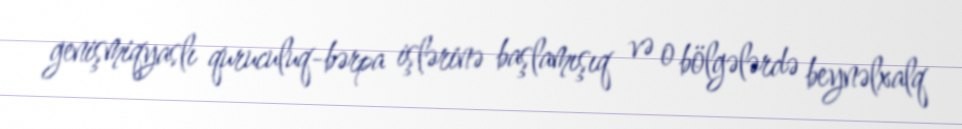
genişmiqyaslı quruculuq-bərpa işlərinə başlamışıq və o bölgələrdə beynəlxalq